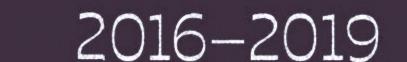
2016–2019